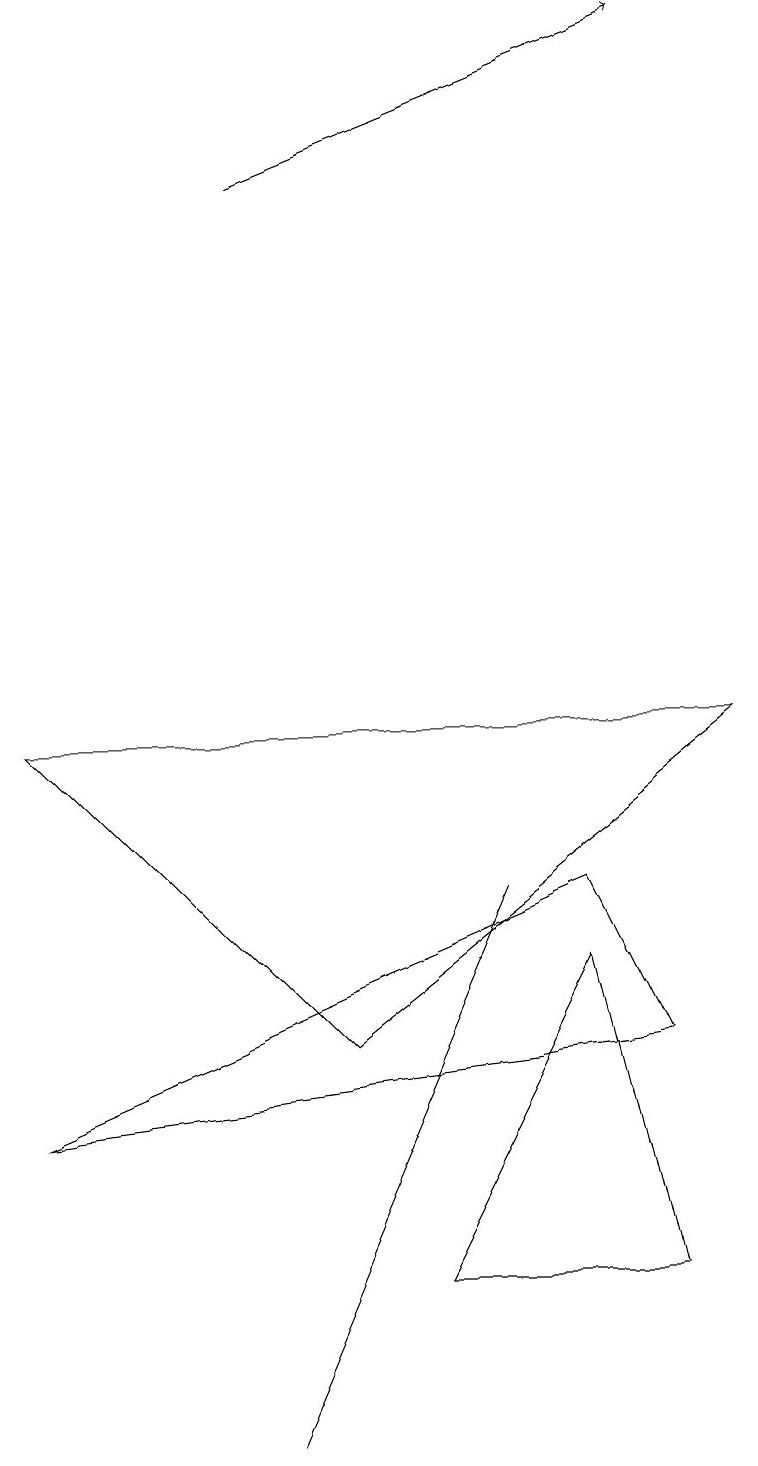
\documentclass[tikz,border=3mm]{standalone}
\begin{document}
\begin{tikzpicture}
\draw (9,9) -- (4,5) -- (0,9) -- cycle;
\draw[->] (3,16) -- (8,18);
\draw (5,2) -- (8,2) -- (7,6) -- cycle;
\draw (2,18) rectangle (2,18);
\draw (6,7) -- (3,0) -- (6,7) -- cycle;
\draw (0,4) -- (8,5) -- (7,7) -- cycle;
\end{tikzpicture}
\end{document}